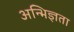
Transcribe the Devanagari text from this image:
अन्भिज्ञता